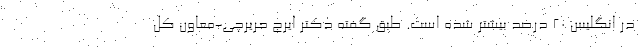
در انگلیس ۲۰ درصد بیشتر شده است. طبق گفته دکتر ایرج حریرچی-معاون کل